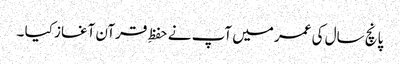
پانچ سال کی عمر میں آپ نے حفظِ قرآن آغاز کیا ۔